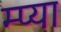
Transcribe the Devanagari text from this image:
म्प्या